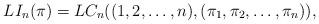
LaTeX: \begin{align*}LI_n(\pi) = LC_n((1,2,\dots,n),(\pi_1,\pi_2,\dots,\pi_n)),\end{align*}